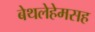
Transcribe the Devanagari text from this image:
बेथलेहेमसह